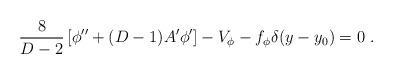
LaTeX: \begin{align*}{8\over {D-2}}\left[\phi^{\prime\prime}+(D-1)A^\prime\phi^\prime\right]- V_\phi-f_\phi\delta(y-y_0)=0~.\end{align*}